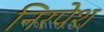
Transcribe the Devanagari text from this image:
निरपेश